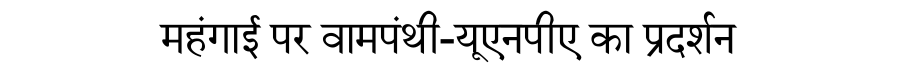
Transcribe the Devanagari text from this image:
महंगाई पर वामपंथी-यूएनपीए का प्रदर्शन